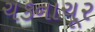
ચકનાચૂર